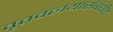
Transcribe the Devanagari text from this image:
वृत्तवलयासंबंधीत